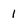
Character: 1